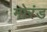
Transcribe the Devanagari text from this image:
मोरंड